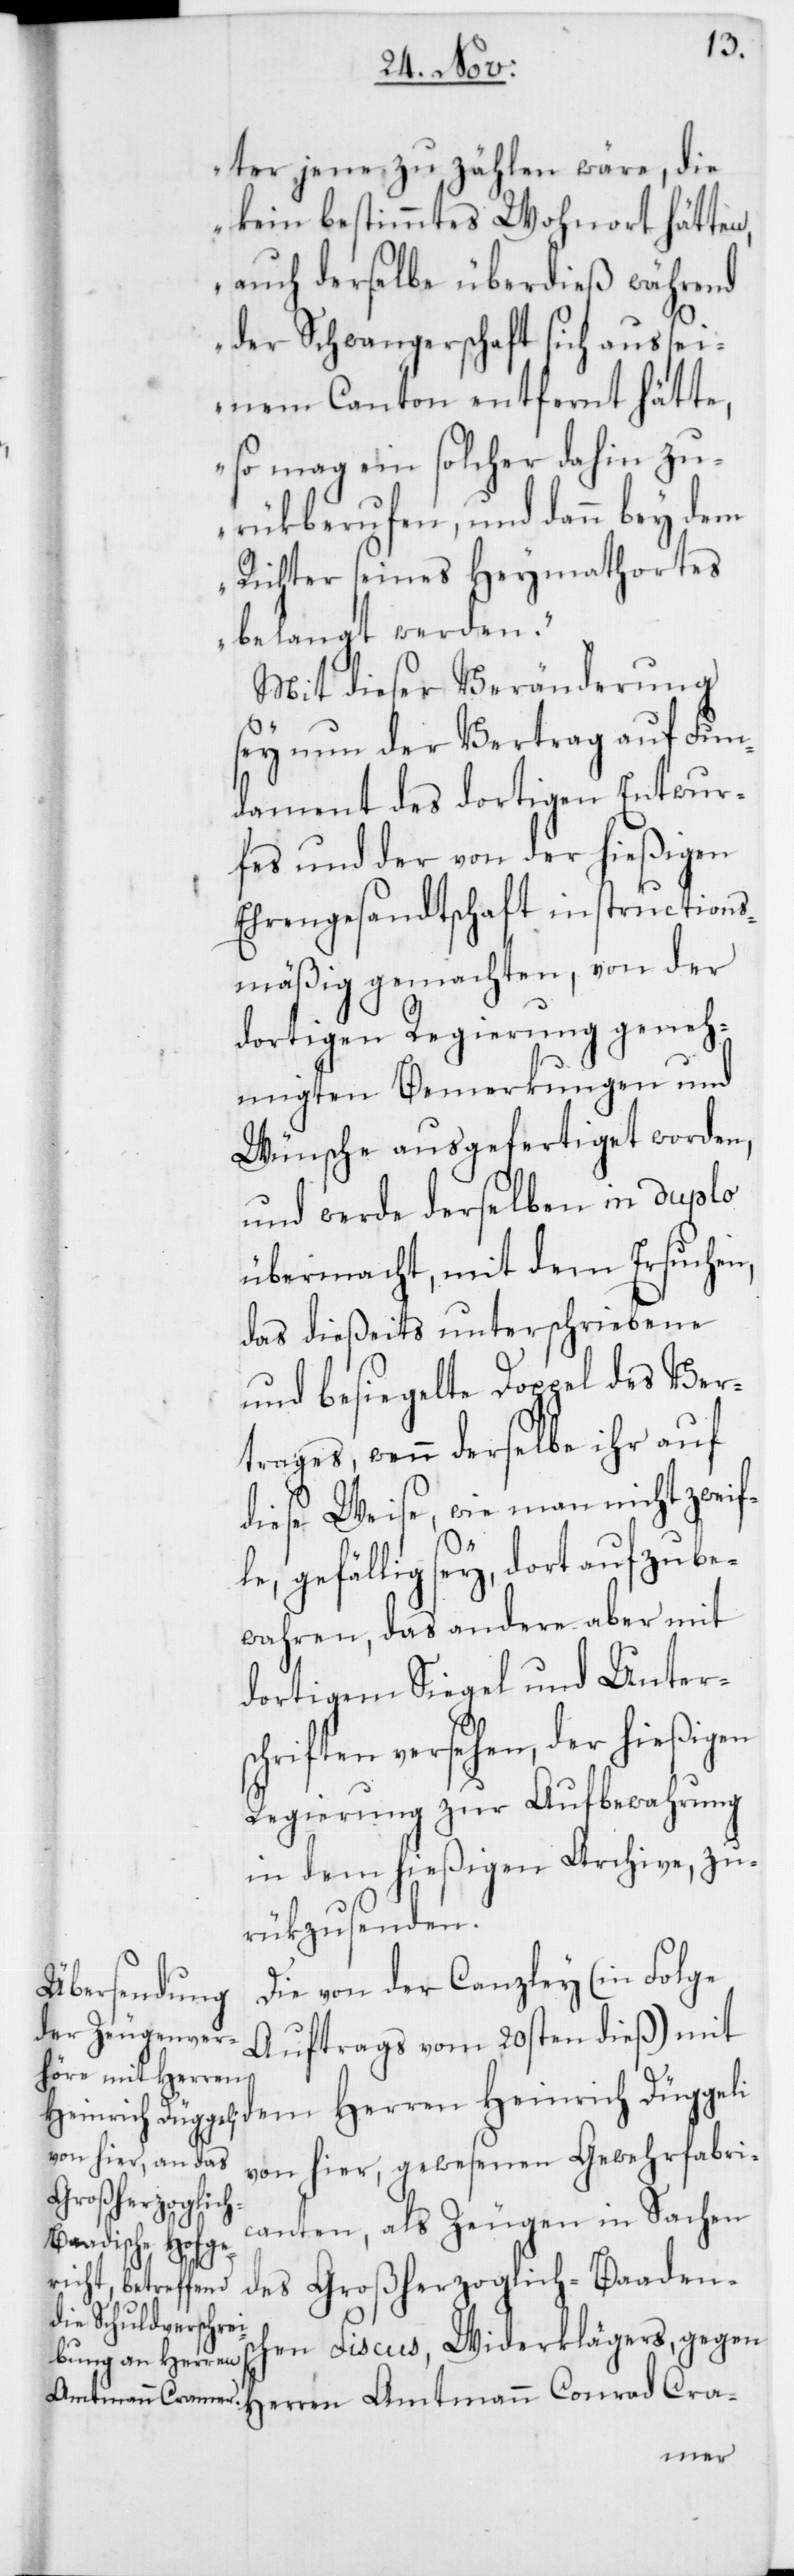
ter jene zu zählen wäre, die
kein bestimmtes Wohnort hätten,
auch derselbe überdieß während
der Schwangerschaft sich aus sei¬
nem Canton entfernt hätte,
so mag ein solcher dahin zu¬
rükberufen und dann bey dem
Richter seines Heymathortes
belangt werden“.
Mit dieser Veränderung
sey nun der Vertrag auf Fun¬
dament des dortigen Entwur¬
fes und der von der hießigen
Ehrengesandtschaft instructions¬
mäßig gemachten, von der
dortigen Regierung geneh¬
migten Bemerkungen und
Wünsche ausgefertiget worden,
und werde derselben in duplo
übermacht, mit dem Ersuchen,
das dießeits unterschriebene
und besiegelte Doppel des Ver¬
trages, wenn derselbe ihr auf
diese Weise, wie man nicht zweif¬
le, gefälligst sey, dort aufzube¬
wahren, das andere aber mit
dortigem Siegel und Unters¬
chriften versehen, der hießigen
Regierung zur Aufbewahrung
in dem hießigen Archive, zu¬
rükzusenden.
Die von der Canzley (in Folge
Auftrags vom 20sten dieß) mit
von hier, gewesenen Gewehrfabri¬
canten, als Zeugen in Sachen
des Großherzoglich-Baadens¬
chen Fiscus, Widerklägers, gegen
Herren Amtmann Conrad Cra-